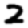
Digit: 2